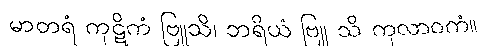
မာတရံ ကုဋိကံ ဗြူသိ၊ ဘရိယံ ဗြူ သိ ကုလာဝကံ။